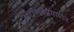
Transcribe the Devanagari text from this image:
अर्धरात्रप्रमाणेन